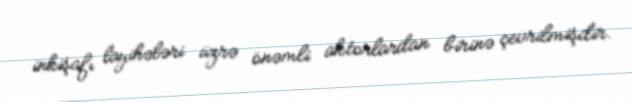
inkişafı layihələri üzrə önəmli aktorlardan birinə çevrilmişdir.